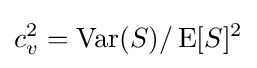
c_{v}^{2}=\operatorname {Var} (S)/\operatorname {E} [S]^{2}